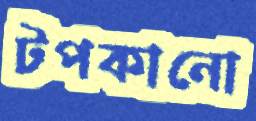
টপকানো